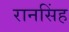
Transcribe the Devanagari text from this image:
रानसिंह